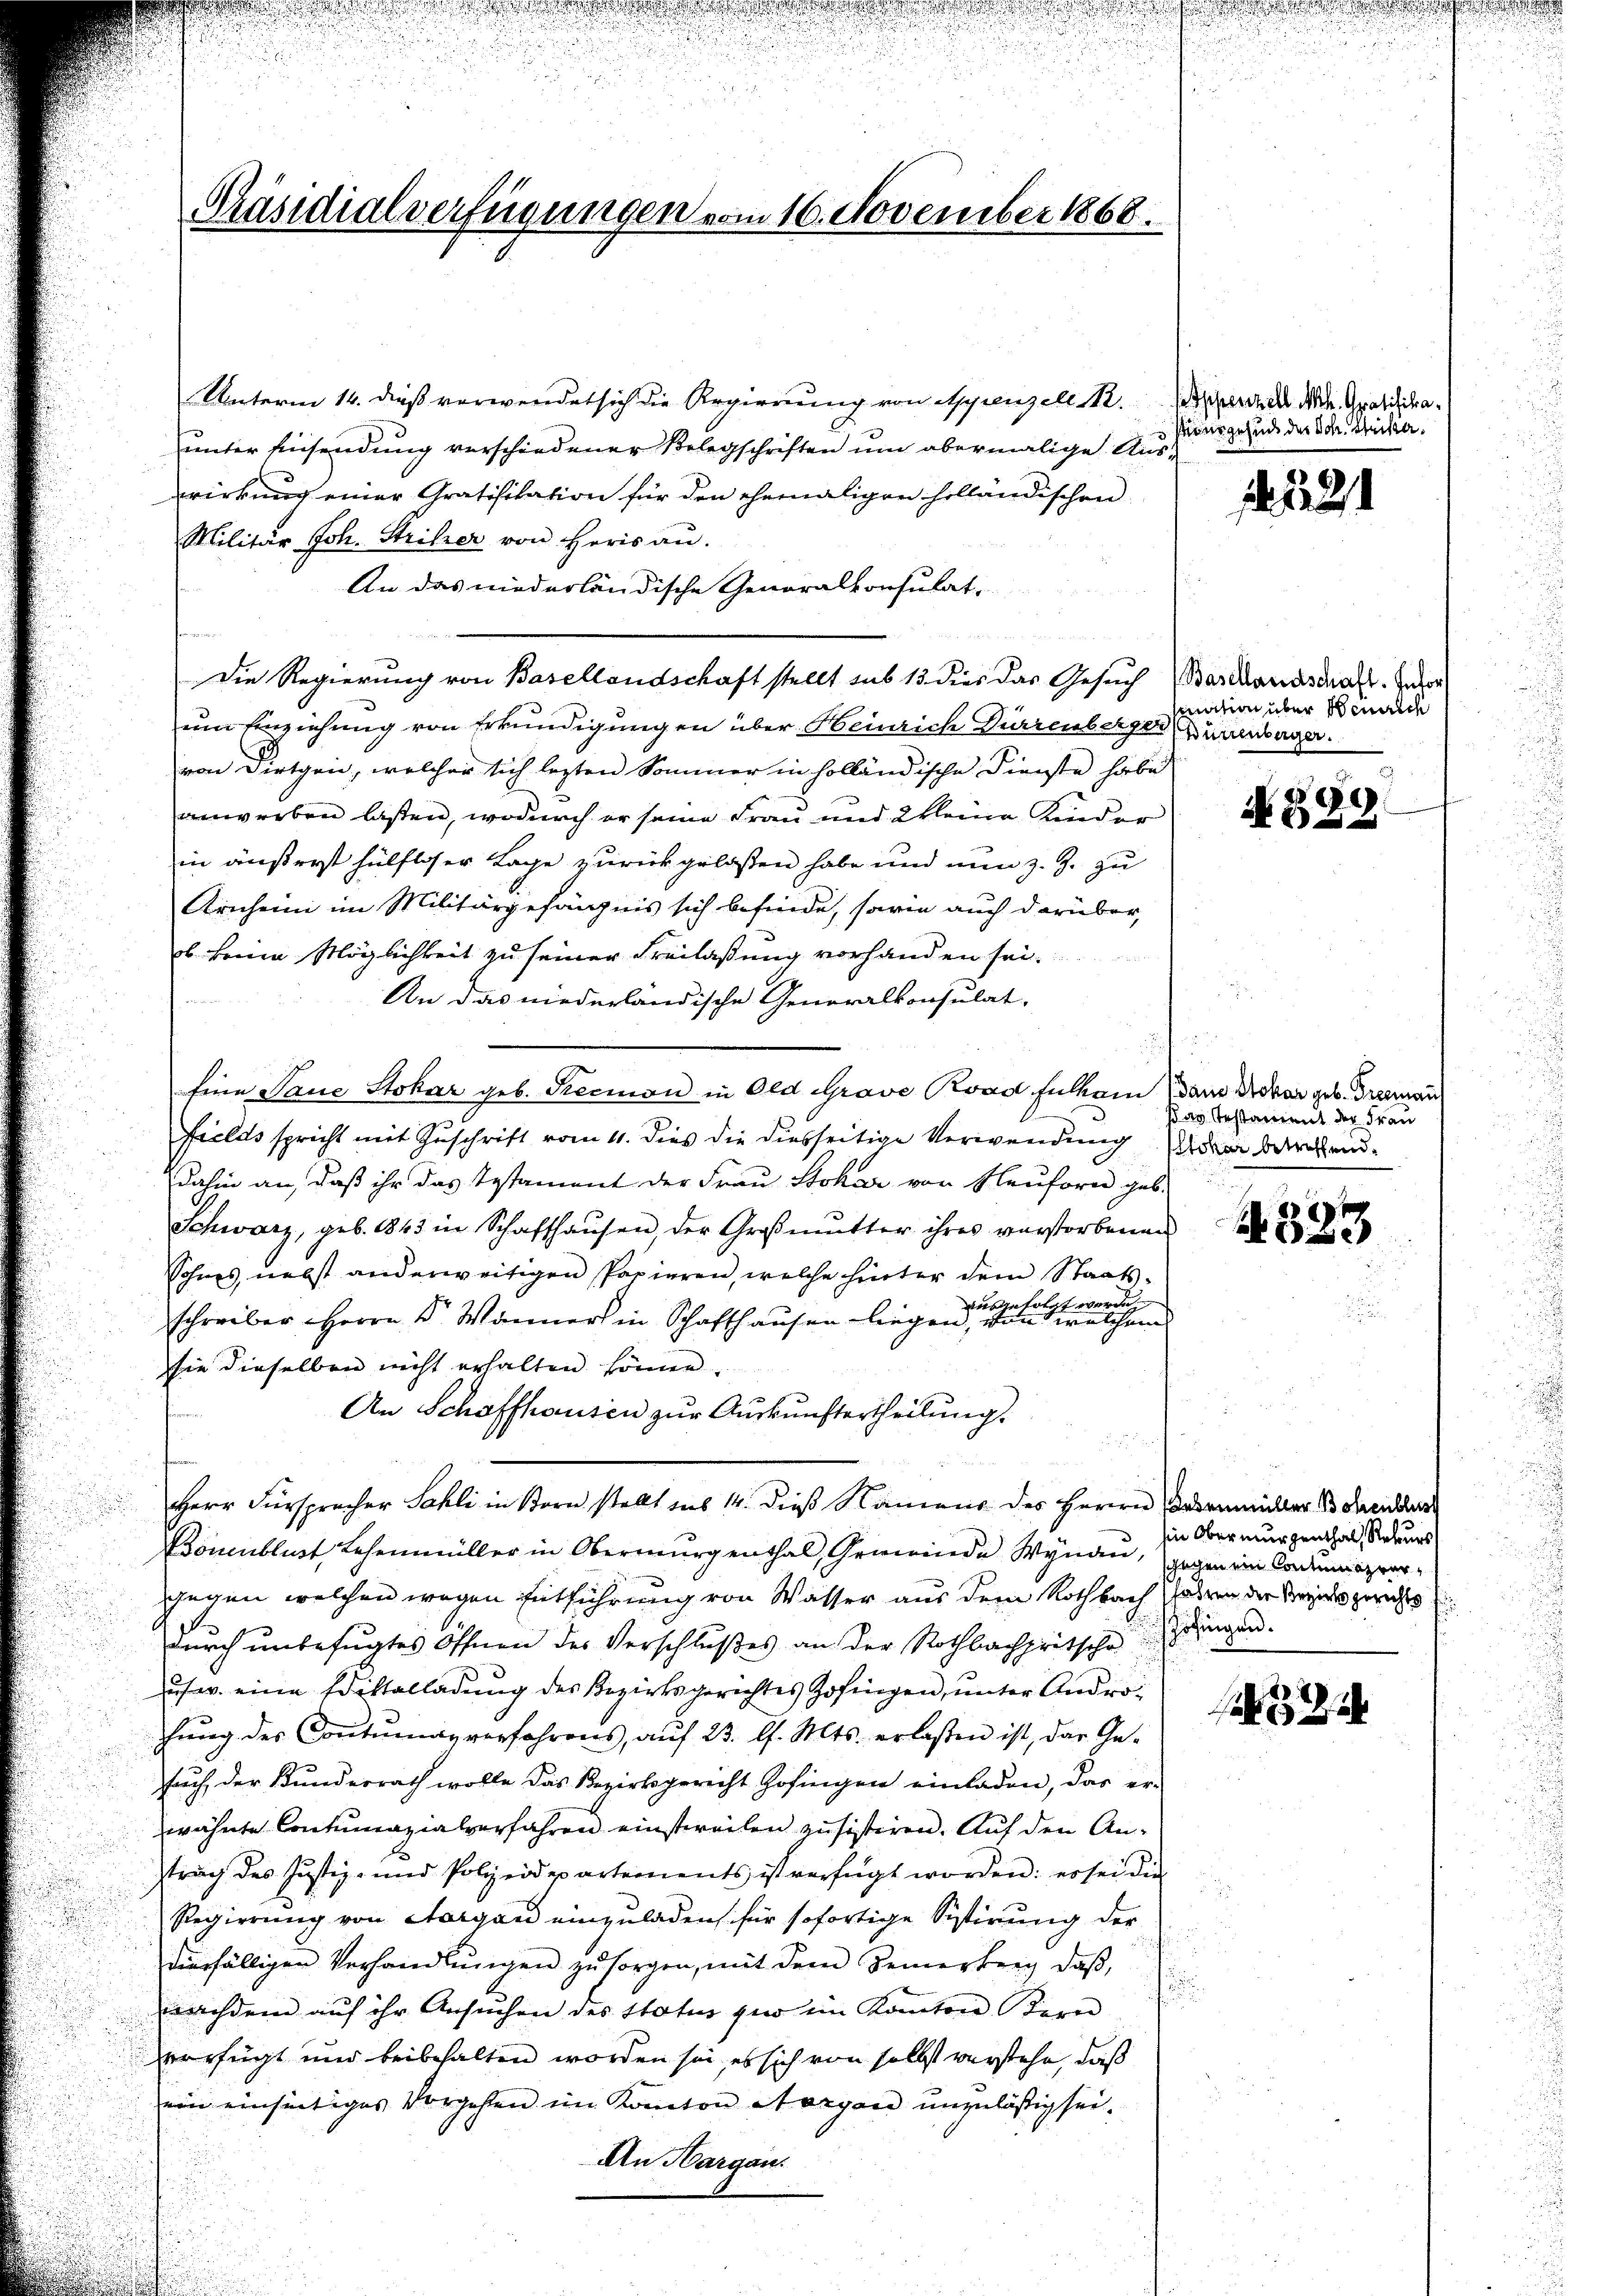
Unterm 14. dieß verwendet sich die Regierung von Appenzell M. das Man Gratifikaunter Einsendung verschiedener Belegschriften um abermalige Auswirkung einer Gratifikation für den ehemaligen holländischen
Militär Joh. Stritzer von Heris an.
An das niederländische Generalkonsulat,
Die Regierung von Basellandschaft stellt sub 13. dies das Gesuch (Barthanasial. Inter
um Einziehung von Erkundigungen über Heinrich Dürrenberger Bürenberge
von Dirgen, welcher sich lezten Sommer in holländische Dienste habe
anwerben lassen, wodurch er seine Frau und Kleine Kinder
in äußerst hülfloser Lage zurückgelassen habe und nun z. Z. zu
Arnchein im Militärgefängnis sich befinde, sowie auch darüber,
ob keine Möglichkeit zu seiner Freilassung vorhanden sei.
An das niederländische Generalkonsulat,
Eine Saue Stokar geb. Recion in Old Grave Road Fulam Band Notar geb. Greeman
Felds spricht mit Zuschrift vom 11. dies die diesseitige Verwendung der betretend.
dahin an, daß ihr das Testament der Frau Stokar vor Neuforn geb.
Schwarz, geb. 1843 in Schaffhaŭsen der Großmutter ihres verstorbenen
Sohnes, nebst anderweitigen Papieren, welche hinter dem Staatsausgefolgt werde
schreiber Herrn Dr. Wanner in Schafthausen liegen, von welchem
sie dieselben nicht erhalten könne.
An Schaffhausen zur Auskunftertheilung.

Herr Fürspracher Sahli in Born stellt aus 14. dieß Namens des Herrn Bodenmüller 13 den der
Bomeublust Lehenmüller in Oberwurgenthal, Gemeinde Wynau, gegen ein ladena vergegen welchen wegen Entführung von Wasser aus dem Rothbach Jahren die Bezirksgerichts
durch unbefugtes Öffnen des Verschlußes an der Rothbachpritsche
ucs w. eine Ediktalladung des Bezirksgerichtes Zofingen, unter Androhŭng des Contŭmag verfahrens, aŭf 23. l. Mts. erlassen ist, das Ge-
such der Bundesrath wolle das Bezirksgericht Zofingen einladen, das er-
wähnte Contumazialverfahren einstweilen zu sistiren. Auf den Antrach des Justiz- und Polizeidepartements ist verfügt worden: er sei die
Regierung von Aargau einzuladen, für sofortige Sistirung der
denfälligen Verhandlŭngen zŭ sorgen, mit dem Semerken, daβ,
nachdem auf ihr Ansuchen des Status zur im Kanton Kern
verfügt und beibehalten worden sei, es sich von selbst verstehe, daß
von einseitiges Vorgehen im Kanton Aargare unzuläßig sei.
An Margau.

d

Präsidialverfügungen vom 16. November 1868.

d

sionsgesuch der Sch. Sticker.

1 221

ination über Heinrich

8
N 62

Das Testament der Frau

e

hin Oberwurgenthal, Rekurs
Zofingen.

.